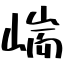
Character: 㟨